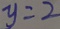
y = 2